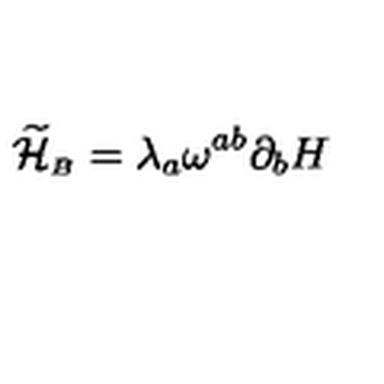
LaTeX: { \widetilde { \cal H } } _ { \scriptscriptstyle B } = \lambda _ { a } \omega ^ { a b } \partial _ { b } H